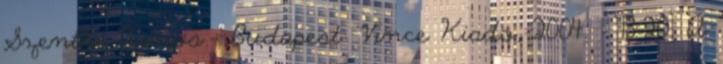
Szenthe János.- Budapest: Vince Kiadó, 2004. - 13-20. A